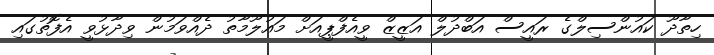
ހިތާދޫ ކައުންސިލްގެ ރައީސް އަބްދުލް އަޒީޒް ވީއެފްޕީއަށް މައުލޫމާތު ދެއްވަމުން ވިދާޅުވީ އެފޮތުގައި